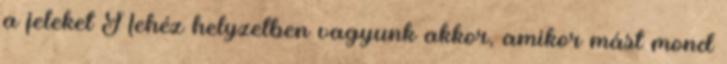
a jeleket Nehéz helyzetben vagyunk akkor, amikor mást mond